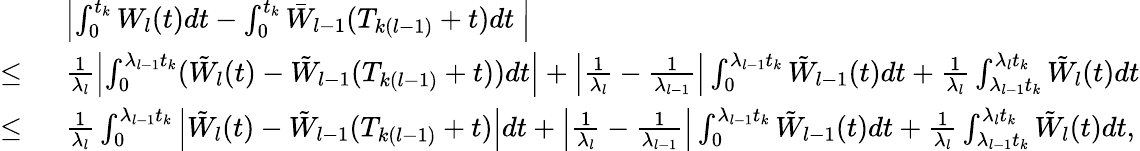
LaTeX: \begin{array}{rl}&{\left|\int_{0}^{t_{k}}W_{l}(t)dt-\int_{0}^{t_{k}}\bar{W}_{l-1}(T_{k(l-1)}+t)dt~\right|}\\ {\leq~}&{\frac{1}{\lambda_{l}}\left|\int_{0}^{\lambda_{l-1}t_{k}}(\tilde{W}_{l}(t)-\tilde{W}_{l-1}(T_{k(l-1)}+t))dt\right|+\left|\frac{1}{\lambda_{l}}-\frac{1}{\lambda_{l-1}}\right|\int_{0}^{\lambda_{l-1}t_{k}}\tilde{W}_{l-1}(t)dt+\frac{1}{\lambda_{l}}\int_{\lambda_{l-1}t_{k}}^{\lambda_{l}t_{k}}\tilde{W}_{l}(t)dt}\\ {\leq~}&{\frac{1}{\lambda_{l}}\int_{0}^{\lambda_{l-1}t_{k}}\left|\tilde{W}_{l}(t)-\tilde{W}_{l-1}(T_{k(l-1)}+t)\right|dt+\left|\frac{1}{\lambda_{l}}-\frac{1}{\lambda_{l-1}}\right|\int_{0}^{\lambda_{l-1}t_{k}}\tilde{W}_{l-1}(t)dt+\frac{1}{\lambda_{l}}\int_{\lambda_{l-1}t_{k}}^{\lambda_{l}t_{k}}\tilde{W}_{l}(t)dt,}\end{array}